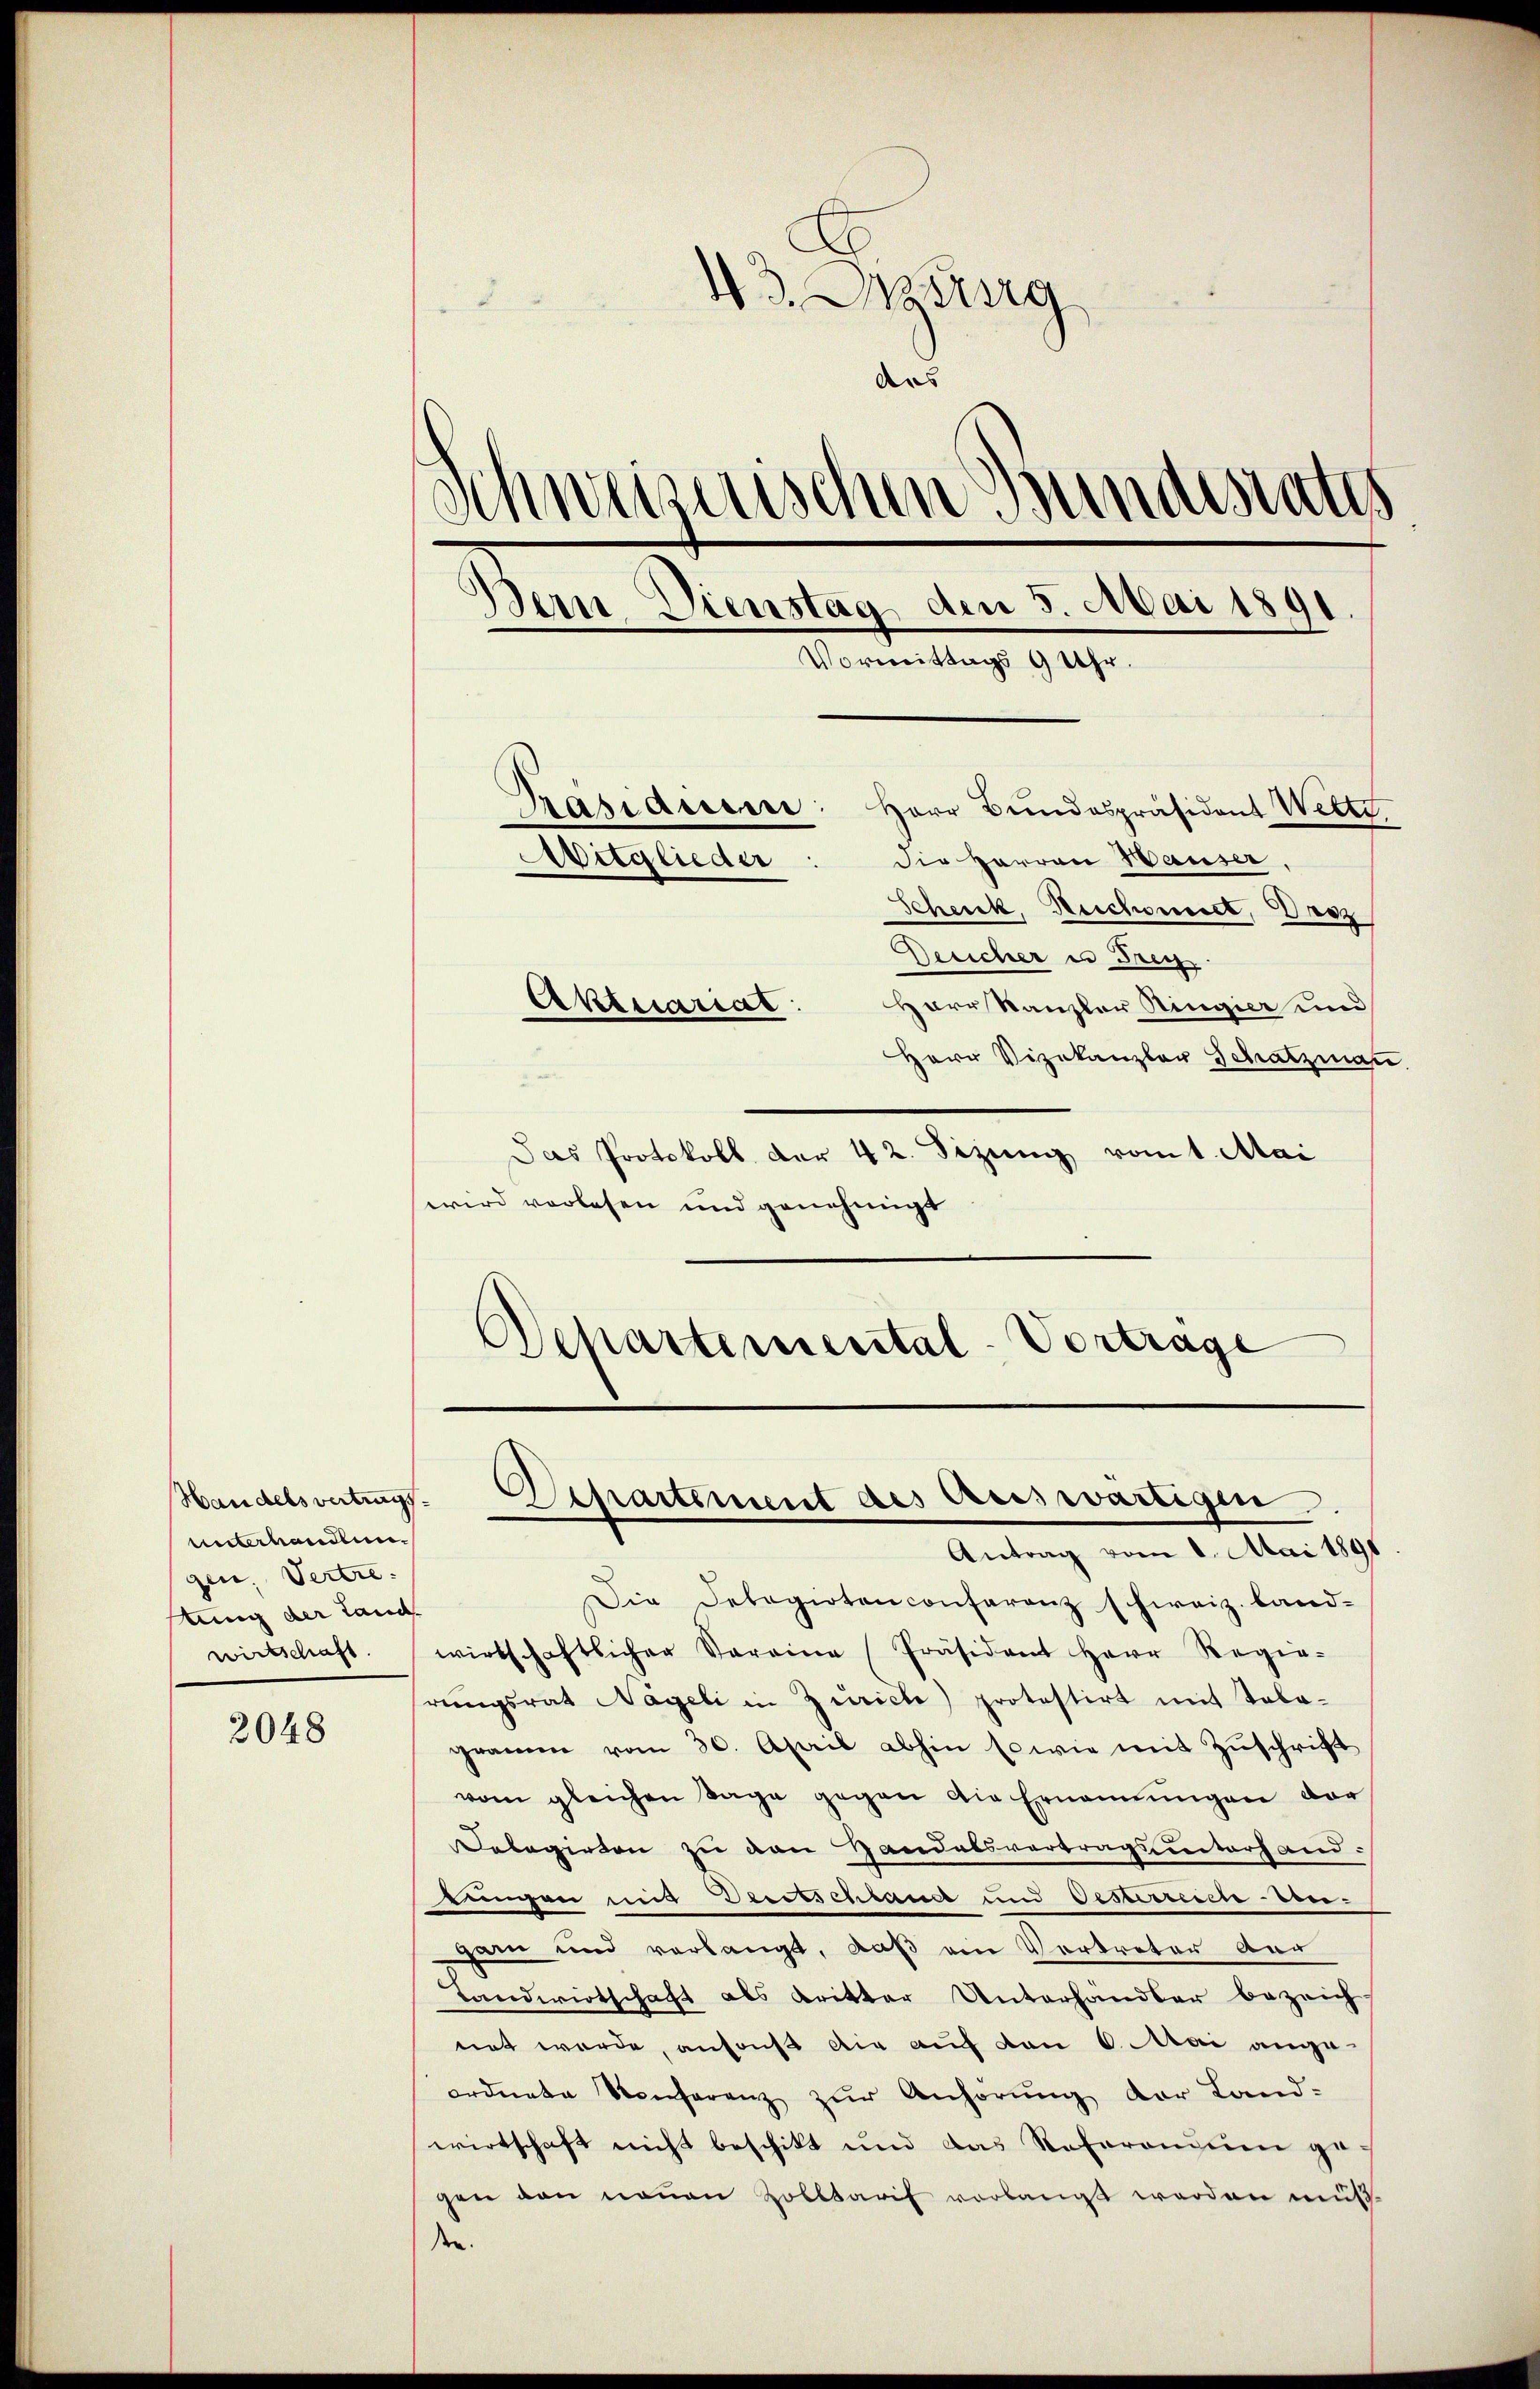
unterhandlungen. Vertre
stung der Land

2048

43. Drang
Aus
Schweizerischen Bundesrates
dern Dienstag den 5. Mai 1891
Vormittags 9 Uhr.
Pasiasiere: Herr Bundespräsident Wette
Aitglieder: die Herren Hauser,
Schenk, Rechnet, rez
Deeicher es Frey
Aktuariat
Harr Kanzler Ringier und

Herr Vizekanzler Schatzman
Das Protokoll der 42. Sizung vom 1. Mai
wird vorlesen und genehmigt

Departemental-Vortrage

Handelsvertrag. Departement des Auswärtigen

Antrag vom 1. Mai 1891
Die Dekagirten conferenz schweiz. land-
wirtschaft wirtschaftlicher Saraina Präsident Herr Regie-
rungsrat Nageli in Zürich) protestirt mit Tobo-
gramm vom 30. April abhin so wie mit Zuschrift
vom gleichen Tage gegen die Ernennungen der
Delegirten zu von Handelsvertragsunterhand.
tungen mit Deritschland und Oesterreichten-
garn und verlangt, daß ein Vortreter der
Landwirtschaft als Kritter Unterhändler bezeich
net wurde, anfaß die auf von 6. Mai angeordnete Konferenz zŭr Anhörung der Land-
wirtschaft nicht beschikt und das Referandum gegen dan neuen Zolltarif vorlangt werden müßden.